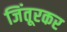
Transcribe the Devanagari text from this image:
जिंतूरकर